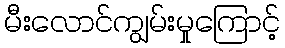
မီးလောင်ကျွမ်းမှုကြောင့်